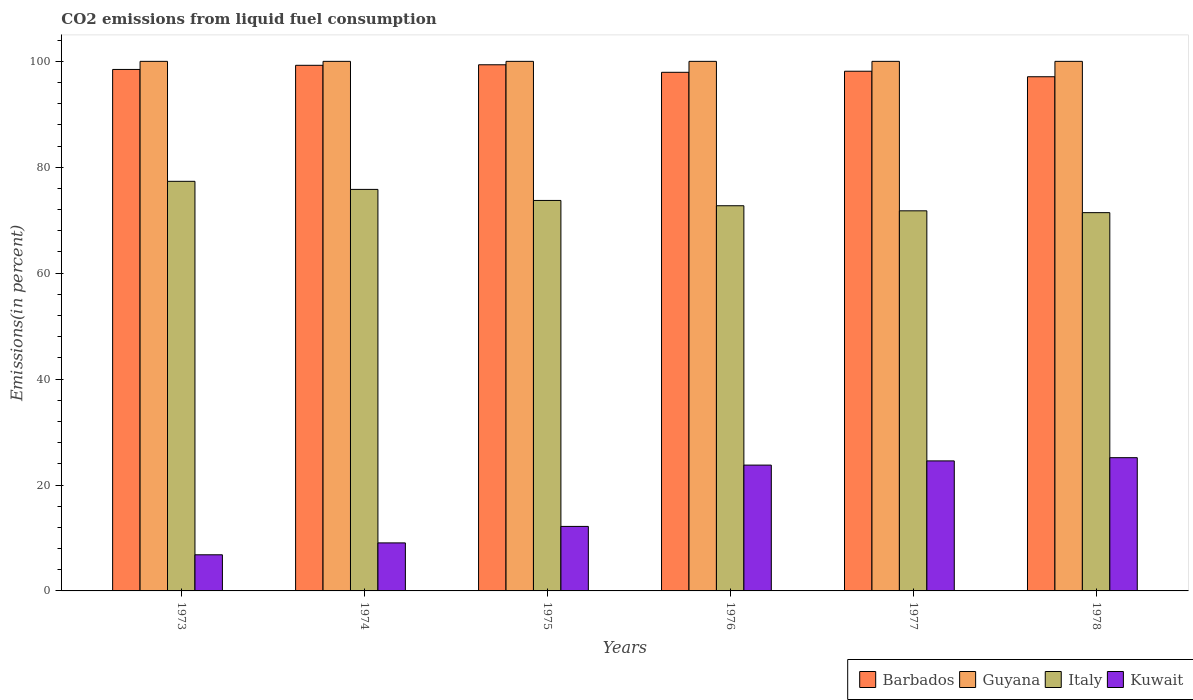
| Years | Barbados | Guyana | Italy | Kuwait |
 | --- | --- | --- | --- | --- |
 | 1973 | 98.5 | 100 | 77.3 | 6.82 |
 | 1974 | 99.3 | 100 | 75.8 | 9.07 |
 | 1975 | 99.4 | 100 | 73.7 | 12.2 |
 | 1976 | 97.9 | 100 | 72.7 | 23.8 |
 | 1977 | 98.1 | 100 | 71.8 | 24.6 |
 | 1978 | 97.1 | 100 | 71.4 | 25.2 |